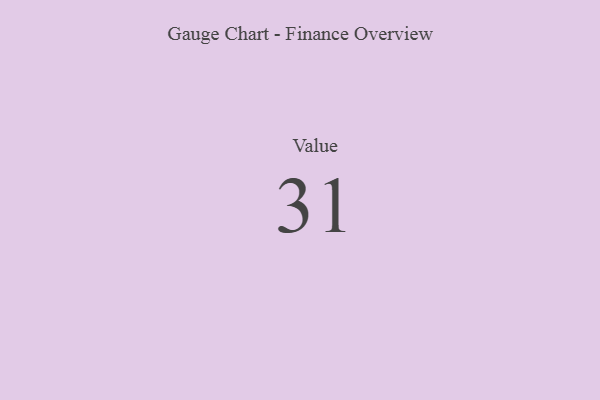
{"axis": {"x": "Metric", "y": "Value"}, "legend": [""], "data": [{"x": "Value", "y": 31, "type": ""}]}